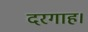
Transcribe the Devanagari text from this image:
दरगाह।